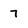
Character: 7